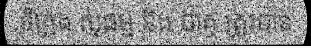
ទីក្រុង សុធម្ម និង បាគូ ត្រូវបាន